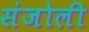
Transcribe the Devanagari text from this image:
संजोली